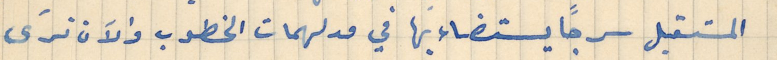
المستقبل سرجاً يستضاء بها في مدلهمات الخطوب والآن ترَى